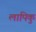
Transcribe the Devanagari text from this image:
लापिकु